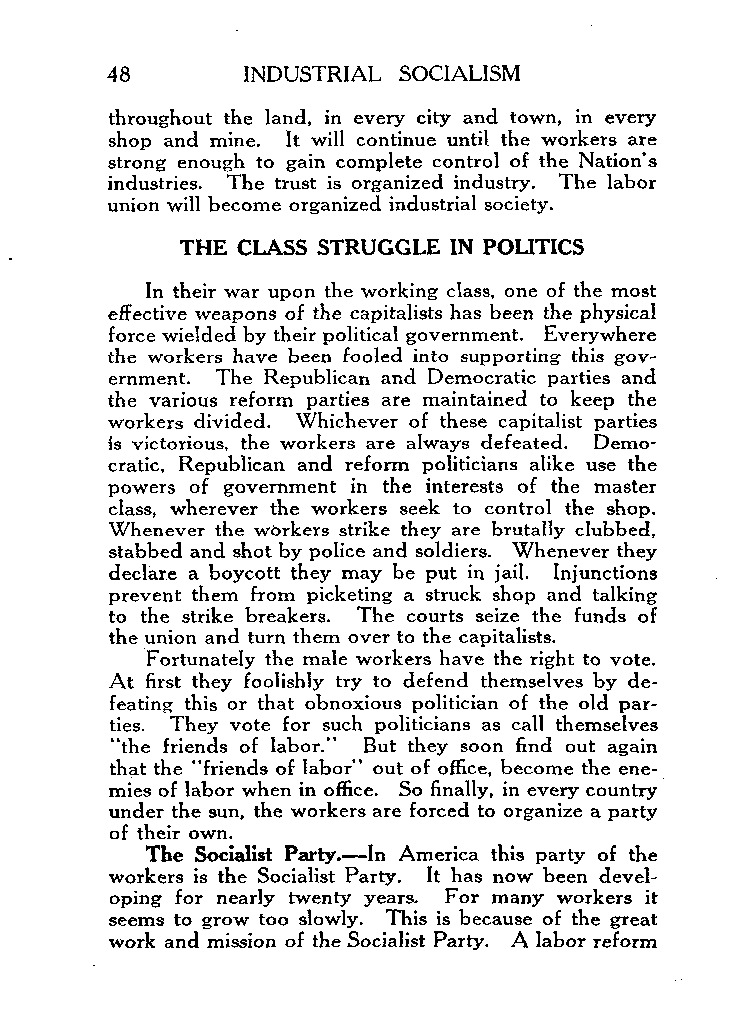
48       INDUSTRIAL SOCIALISM
 throughout the land, in every city and town, in every
 shop and mine. It will continue until the workers are
 strong enough to gain complete control of the Nation’s
 industries. The trust is organized industry. The labor
 union will become organized industrial society.
 THE CLASS STRUGGLE IN POLITICS
 In their war upon the working class, one of the most
 effective weapons of the capitalists has been the physical
 force wielded by their political government. Everywhere
 the workers have been fooled into supporting this gov-
 ernment. The Republican and Democratic parties and
 the various reform parties are maintained to keep the
 workers divided. Whichever of these capitalist parties
 is victorious, the workers are always defeated. Demo-
 cratic, Republican and reform politicians alike use the
 powers of government in the interests of the master
 class, wherever the workers seek to control the shop.
 Whenever the workers strike they are brutally clubbed,
 stabbed and shot by police and soldiers. Whenever they
 declare a boycott they may be put in jail Injunctions
 prevent them from picketing a struck shop and talking
 to the strike breakers. The courts seize the funds of
 the union and turn them over to the capitalists.
 Fortunately the male workers have the right to vote.
 At first they foolishly try to defend themselves by de-
 feating this or that obnoxious politician of the old par-
 ties. They vote for such politicians as call themselves
 “the friends of labor.” But they soon find out again
 that the “friends of labor” out of office, become the ene-
 mies of labor when in office. So finally, in every country
 under the sun, the workers are forced to organize a party
 of their own.
 The Social&t Party.-In America this party of the
 workers is the Socialist Party. It has now been devel-
 oping for nearly twenty years. For many workers it
 seems to grow too slowly. This is because of the great
 work and mission of the Socialist Party. A labor reform